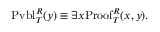
\mathrm { P v b l } _ { T } ^ { R } ( y ) \equiv \exists x \mathrm { P r o o f } _ { T } ^ { R } ( x , y ) .